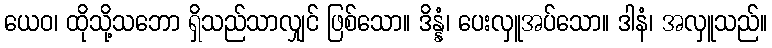
ယေဝ၊ ထိုသို့သဘော ရှိသည်သာလျှင် ဖြစ်သော။ ဒိန္နံ၊ ပေးလှူအပ်သော။ ဒါနံ၊ အလှူသည်။